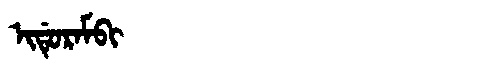
Manchu: ᡳᡩᡠᡵᠠᠮᠪᡳ
Romanization: IDURAMBI